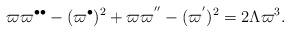
LaTeX: \begin{align*}\varpi \varpi ^{\bullet \bullet }-(\varpi ^{\bullet })^{2}+\varpi \varpi^{^{\prime \prime }}-(\varpi ^{^{\prime }})^{2}=2\Lambda \varpi ^{3}.\end{align*}